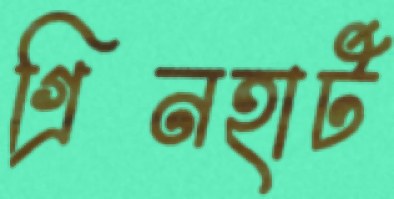
গ্রিনহার্ট